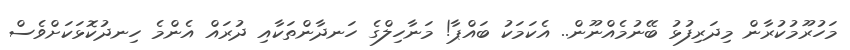
މަހުރޫމުކުރާން މިދަރިފުޅު ބޭނުމެއްނޫން.. އެކަމަކު ބައްޕާ! މަނާހިލްގެ ހަނދާންތަކާއި ދުރައް އެންމެ ހިނދުކޮޅަކަށްވެސް